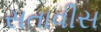
સતાવીસ